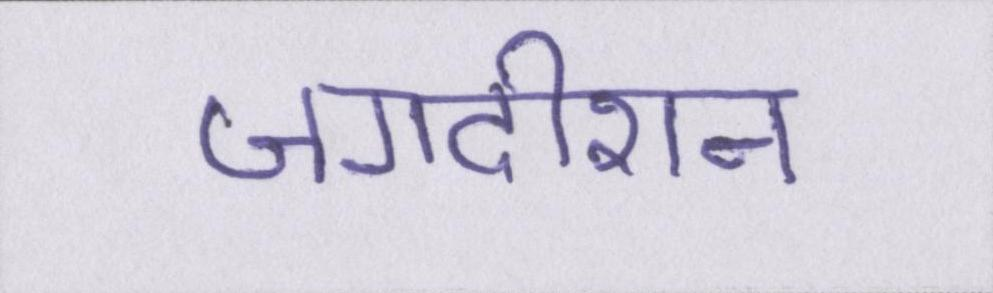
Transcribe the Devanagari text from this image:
जगदीशन